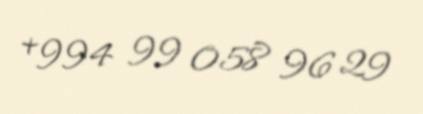
+994 99 058 96 29